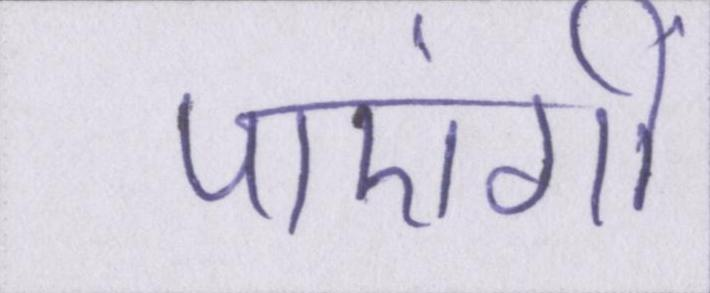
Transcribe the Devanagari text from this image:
पाएंगीं